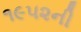
૧૯૫૨ની